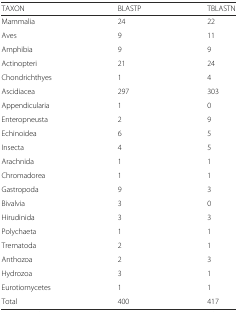
<table><thead><tr><td><b>TAXON</b></td><td><b>BLASTP</b></td><td><b>TBLASTN</b></td></tr></thead><tbody><tr><td>Mammalia</td><td>24</td><td>22</td></tr><tr><td>Aves</td><td>9</td><td>11</td></tr><tr><td>Amphibia</td><td>9</td><td>9</td></tr><tr><td>Actinopteri</td><td>21</td><td>24</td></tr><tr><td>Chondrichthyes</td><td>1</td><td>4</td></tr><tr><td>Ascidiacea</td><td>297</td><td>303</td></tr><tr><td>Appendicularia</td><td>1</td><td>0</td></tr><tr><td>Enteropneusta</td><td>2</td><td>9</td></tr><tr><td>Echinoidea</td><td>6</td><td>5</td></tr><tr><td>Insecta</td><td>4</td><td>5</td></tr><tr><td>Arachnida</td><td>1</td><td>1</td></tr><tr><td>Chromadorea</td><td>1</td><td>1</td></tr><tr><td>Gastropoda</td><td>9</td><td>3</td></tr><tr><td>Bivalvia</td><td>3</td><td>0</td></tr><tr><td>Hirudinida</td><td>3</td><td>3</td></tr><tr><td>Polychaeta</td><td>1</td><td>1</td></tr><tr><td>Trematoda</td><td>2</td><td>1</td></tr><tr><td>Anthozoa</td><td>2</td><td>3</td></tr><tr><td>Hydrozoa</td><td>3</td><td>1</td></tr><tr><td>Eurotiomycetes</td><td>1</td><td>1</td></tr><tr><td>Total</td><td>400</td><td>417</td></tr></tbody></table>